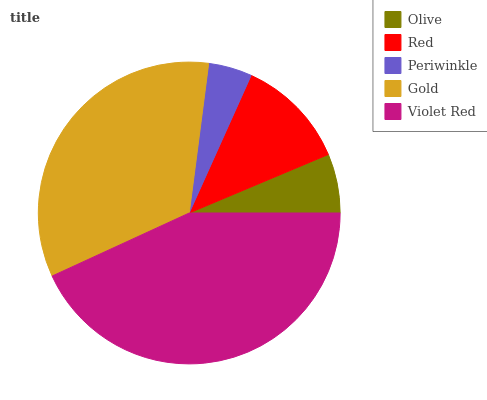
| Olive | Red | Periwinkle | Gold | Violet Red |
 | --- | --- | --- | --- | --- |
 | 6.34% | 11.9% | 4.66% | 33.9% | 43.1% |